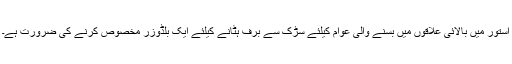
استور میں بالائی علاقوں میں بسنے والی عوام کیلئے سڑک سے برف ہٹانے کیلئے ایک بلڈوزر مخصوص کرنے کی ضرورت ہے۔